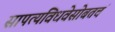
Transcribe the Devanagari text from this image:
सापत्यविधवेसोबतचं